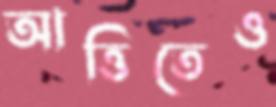
আত্তিতেও